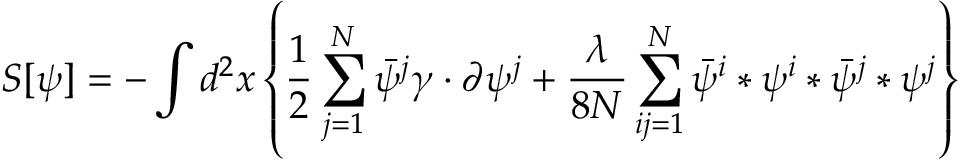
S [ \psi ] = - \int d ^ { 2 } x \left\{ \frac { 1 } { 2 } \sum _ { j = 1 } ^ { N } \bar { \psi } ^ { j } \gamma \cdot \partial \psi ^ { j } + \frac { \lambda } { 8 N } \sum _ { i j = 1 } ^ { N } \bar { \psi } ^ { i } * \psi ^ { i } * \bar { \psi } ^ { j } * \psi ^ { j } \right\}